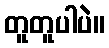
တူတူပါပဲ။